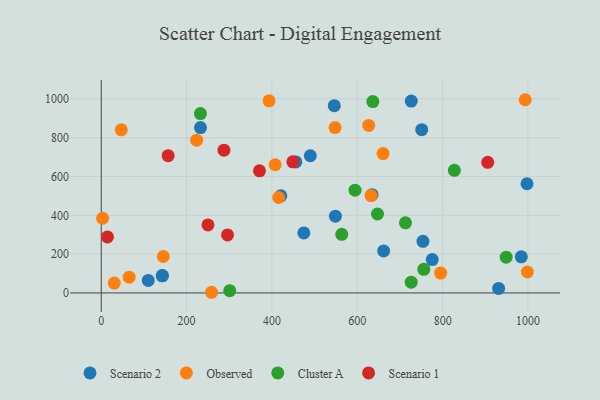
{"axis": {"x": "Experience", "y": "Exam Score"}, "legend": ["Cluster A", "Observed", "Scenario 1", "Scenario 2"], "data": [{"x": "726.5", "y": 988.9, "type": "Scenario 2"}, {"x": "489.9", "y": 706.9, "type": "Scenario 2"}, {"x": "232.5", "y": 852.1, "type": "Scenario 2"}, {"x": "997.7", "y": 562.6, "type": "Scenario 2"}, {"x": "775.6", "y": 172.1, "type": "Scenario 2"}, {"x": "474.8", "y": 309.1, "type": "Scenario 2"}, {"x": "753.9", "y": 265.8, "type": "Scenario 2"}, {"x": "420.8", "y": 500.5, "type": "Scenario 2"}, {"x": "661.8", "y": 216.5, "type": "Scenario 2"}, {"x": "931.2", "y": 23.3, "type": "Scenario 2"}, {"x": "984.4", "y": 186.1, "type": "Scenario 2"}, {"x": "142.8", "y": 88.0, "type": "Scenario 2"}, {"x": "143.4", "y": 89.7, "type": "Scenario 2"}, {"x": "110.1", "y": 64.3, "type": "Scenario 2"}, {"x": "456.0", "y": 675.3, "type": "Scenario 2"}, {"x": "548.7", "y": 395.7, "type": "Scenario 2"}, {"x": "546.1", "y": 964.9, "type": "Scenario 2"}, {"x": "751.0", "y": 841.1, "type": "Scenario 2"}, {"x": "634.5", "y": 506.3, "type": "Scenario 2"}, {"x": "223.5", "y": 787.4, "type": "Observed"}, {"x": "998.6", "y": 108.0, "type": "Observed"}, {"x": "547.9", "y": 852.0, "type": "Observed"}, {"x": "145.5", "y": 187.8, "type": "Observed"}, {"x": "660.4", "y": 718.3, "type": "Observed"}, {"x": "258.5", "y": 3.4, "type": "Observed"}, {"x": "795.3", "y": 102.1, "type": "Observed"}, {"x": "3.2", "y": 385.0, "type": "Observed"}, {"x": "65.4", "y": 81.3, "type": "Observed"}, {"x": "30.5", "y": 50.7, "type": "Observed"}, {"x": "415.8", "y": 491.9, "type": "Observed"}, {"x": "46.9", "y": 840.4, "type": "Observed"}, {"x": "626.8", "y": 863.3, "type": "Observed"}, {"x": "393.2", "y": 990.2, "type": "Observed"}, {"x": "993.4", "y": 995.7, "type": "Observed"}, {"x": "632.3", "y": 501.9, "type": "Observed"}, {"x": "407.6", "y": 660.5, "type": "Observed"}, {"x": "755.9", "y": 121.6, "type": "Cluster A"}, {"x": "232.4", "y": 924.3, "type": "Cluster A"}, {"x": "827.5", "y": 632.1, "type": "Cluster A"}, {"x": "948.9", "y": 184.3, "type": "Cluster A"}, {"x": "563.6", "y": 302.3, "type": "Cluster A"}, {"x": "636.4", "y": 986.1, "type": "Cluster A"}, {"x": "647.4", "y": 406.8, "type": "Cluster A"}, {"x": "301.0", "y": 11.7, "type": "Cluster A"}, {"x": "726.3", "y": 55.2, "type": "Cluster A"}, {"x": "594.7", "y": 529.4, "type": "Cluster A"}, {"x": "712.9", "y": 361.1, "type": "Cluster A"}, {"x": "370.8", "y": 629.4, "type": "Scenario 1"}, {"x": "250.0", "y": 350.7, "type": "Scenario 1"}, {"x": "449.0", "y": 675.7, "type": "Scenario 1"}, {"x": "14.5", "y": 288.6, "type": "Scenario 1"}, {"x": "287.6", "y": 735.7, "type": "Scenario 1"}, {"x": "156.8", "y": 707.2, "type": "Scenario 1"}, {"x": "905.7", "y": 673.2, "type": "Scenario 1"}, {"x": "295.9", "y": 298.7, "type": "Scenario 1"}]}